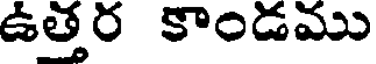
ఉత్తర కాండము